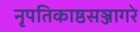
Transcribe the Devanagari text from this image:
नृपतिकाष्ठसञ्जागरे